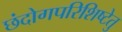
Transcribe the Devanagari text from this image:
छंदोगपरिशिष्टेतु